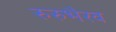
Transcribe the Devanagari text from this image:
रुरुभैरव